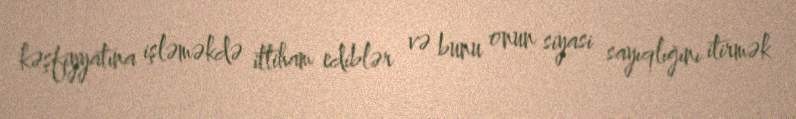
kəşfiyyatına işləməkdə ittiham ediblər və bunu onun siyasi sayıqlığını itirmək